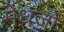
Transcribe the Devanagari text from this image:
मेधजो